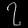
Digit: ၇